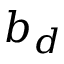
b _ { d }